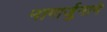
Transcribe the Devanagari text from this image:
नागार्जुनाने